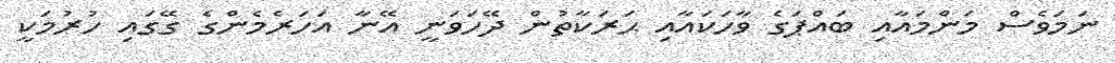
ނަމަވެސް މަންމައާއި ބައްޕަގެ ވާހަކައާއި ޙަރަކާތުން ދޭހަވަނީ އޭނާ އަހަރެމެންގެ ގޭގައި ހުރުމަކީ